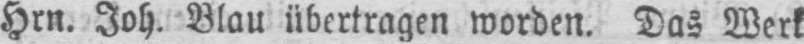
Blau übertragen worden. Das Werk